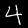
Digit: 4